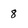
Character: 8